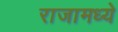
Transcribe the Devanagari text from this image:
राजामध्ये